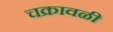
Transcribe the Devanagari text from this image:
चक्रावळी